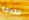
للجراحة